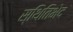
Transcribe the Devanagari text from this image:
स्थितिभेद